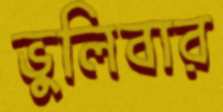
ভুলিবার